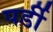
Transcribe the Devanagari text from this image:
पर्डी